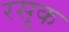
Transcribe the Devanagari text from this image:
रसूक